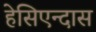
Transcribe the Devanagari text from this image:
हेसिएन्दास